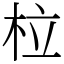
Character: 柆